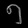
Digit: ၅